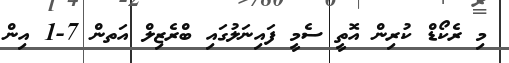
މި ރެކޯޑް ކުރިން އޮތީ ސެމީ ފައިނަލުގައި ބްރެޒިލް އަތން 7-1 އިން